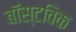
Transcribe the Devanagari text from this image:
बॉस्टविक